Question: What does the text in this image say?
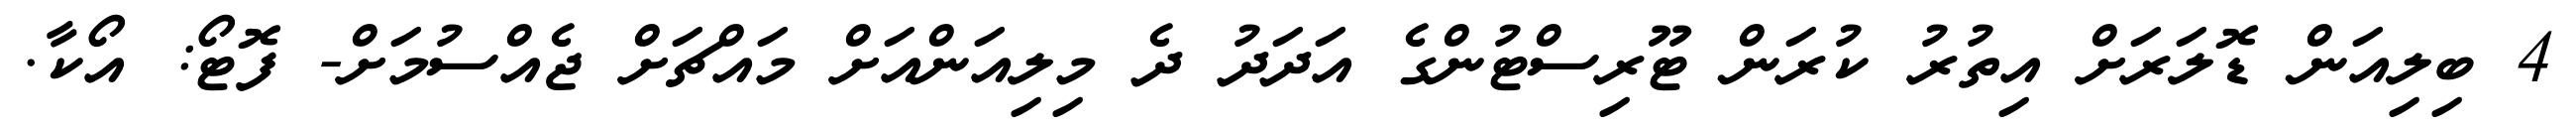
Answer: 4 ބިލިއަން ޑޮލަރަށް އިތުރު ކުރަން ޓޫރިސްޓުންގެ އަދަދު ދެ މިލިއަންއަށް މައްޗަށް ޖެއްސުމަށް- ފޮޓޯ: އޯކާ.